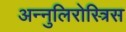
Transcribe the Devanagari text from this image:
अन्नुलिरोस्त्रिस